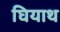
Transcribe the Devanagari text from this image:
घियाथ